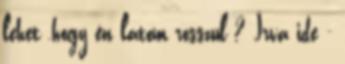
lehet ,hogy én látom rosszul ? Írva ide -